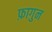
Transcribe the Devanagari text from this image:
फ़ागुन